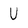
Character: U